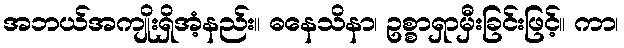
အဘယ်အကျိုးရှိအံ့နည်း။ ဓနေသိနာ၊ ဥစ္စာရှာမှီးခြင်းဖြင့်။ ကာ၊